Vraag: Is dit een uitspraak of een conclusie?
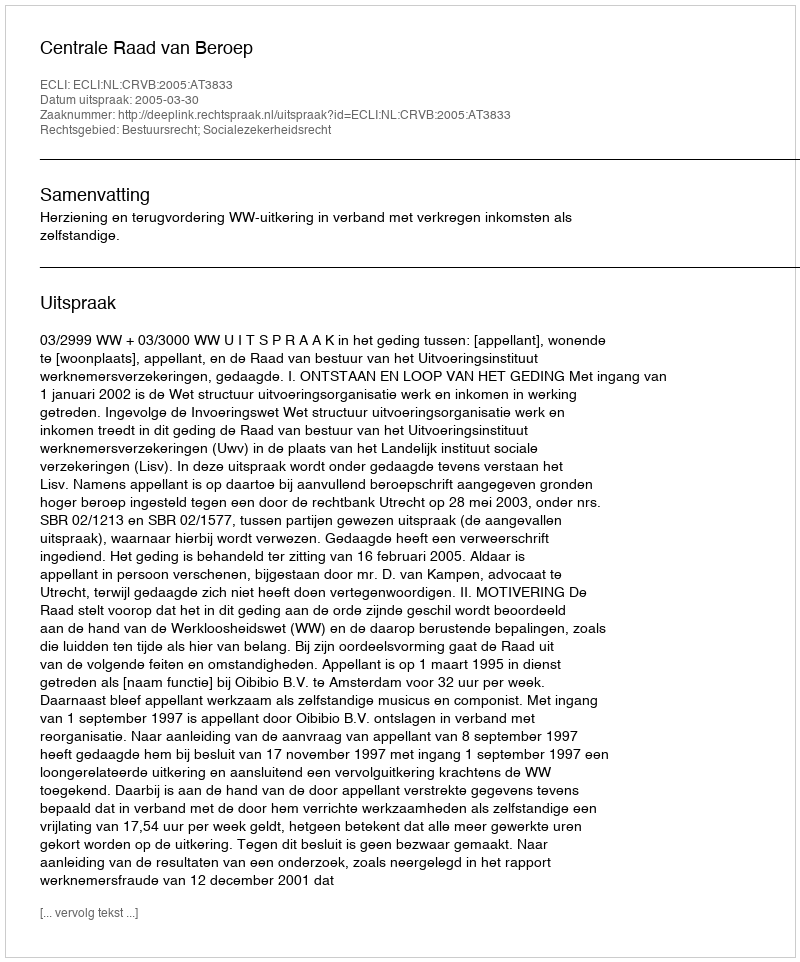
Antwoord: Uitspraak